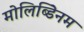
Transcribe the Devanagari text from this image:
मोलिब्डेिनम